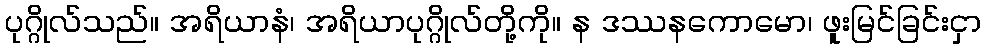
ပုဂ္ဂိုလ်သည်။ အရိယာနံ၊ အရိယာပုဂ္ဂိုလ်တို့ကို။ န ဒဿနကောမော၊ ဖူးမြင်ခြင်းငှာ